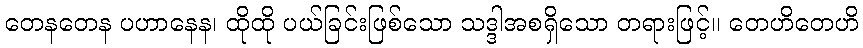
တေနတေန ပဟာနေန၊ ထိုထို ပယ်ခြင်းဖြစ်သော သဒ္ဒါအစရှိသော တရားဖြင့်။ တေဟိတေဟိ